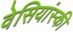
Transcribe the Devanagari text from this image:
वेसियांस्की